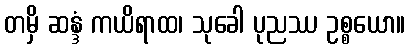
တမှိ ဆန္ဒံ ကယိရာထ၊ သုခေါ ပုညဿ ဥစ္စယော။